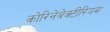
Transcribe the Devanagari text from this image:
कोरिनेबेक्टीरियम